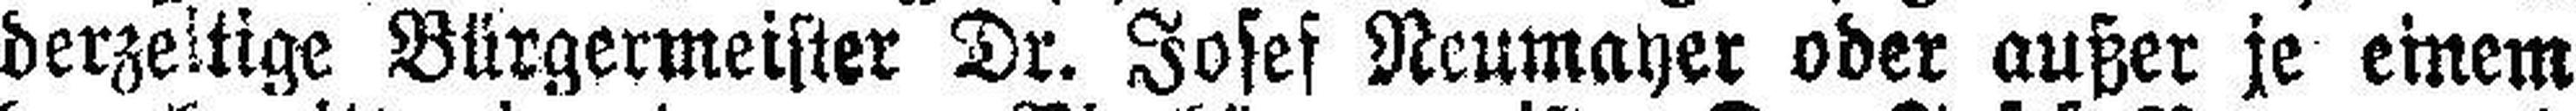
derzeitige Bürgermeister Dr. Josef Neumayer oder außer je einem